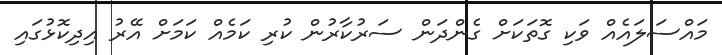
މައްސަލައެއް ވަކި ގޮތަކަށް ގެންދަން ސަރުކާރުން ކުރި ކަމެއް ކަމަށް އޭރު އިދިކޮޅުގައި